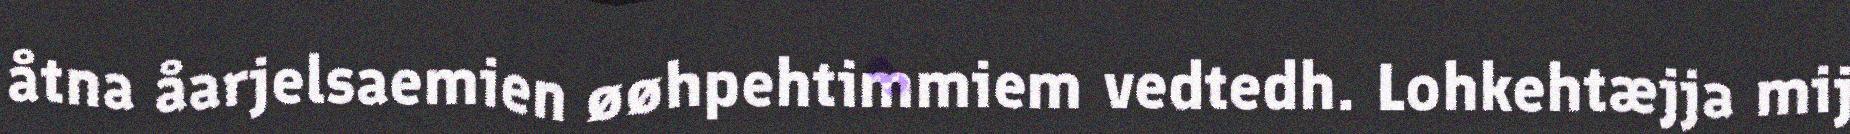
åtna åarjelsaemien øøhpehtimmiem vedtedh. Lohkehtæjja mij